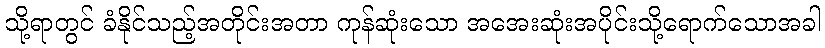
သို့ရာတွင် ခံနိုင်သည့်အတိုင်းအတာ ကုန်ဆုံးသော အအေးဆုံးအပိုင်းသို့ရောက်သောအခါ